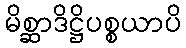
မိစ္ဆာဒိဋ္ဌိပစ္စယာပိ